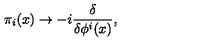
\pi _ { i } ( x ) \to - i { \frac { \delta } { \delta \phi ^ { i } ( x ) } } ,